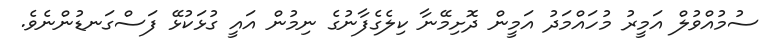
ސުމުއްވުލް އަމީރު މުހައްމަދު އަމީން ދޮށިމޭނާ ކިލެގެފާނުގެ ނިމުން އައީ ގުޅަކުޅޭ ފަސްގަނޑުންނެވެ.